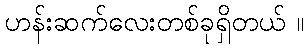
ဟန်းဆက်လေးတစ်ခုရှိတယ် ။